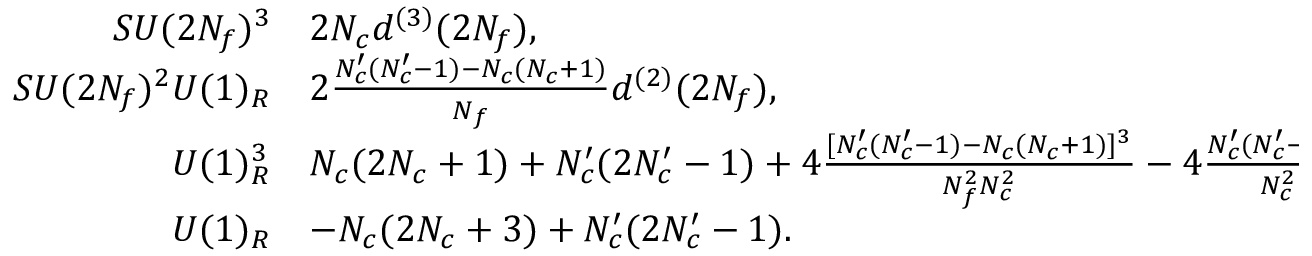
\begin{array} { r l } { { S U ( 2 N _ { f } ) ^ { 3 } } } & { { 2 N _ { c } d ^ { ( 3 ) } ( 2 N _ { f } ) , } } \\ { { S U ( 2 N _ { f } ) ^ { 2 } U ( 1 ) _ { R } } } & { { 2 \frac { N _ { c } ^ { \prime } ( N _ { c } ^ { \prime } - 1 ) - N _ { c } ( N _ { c } + 1 ) } { N _ { f } } d ^ { ( 2 ) } ( 2 N _ { f } ) , } } \\ { { U ( 1 ) _ { R } ^ { 3 } } } & { { N _ { c } ( 2 N _ { c } + 1 ) + N _ { c } ^ { \prime } ( 2 N _ { c } ^ { \prime } - 1 ) + 4 \frac { [ N _ { c } ^ { \prime } ( N _ { c } ^ { \prime } - 1 ) - N _ { c } ( N _ { c } + 1 ) ] ^ { 3 } } { N _ { f } ^ { 2 } N _ { c } ^ { 2 } } - 4 \frac { N _ { c } ^ { \prime } ( N _ { c } ^ { \prime } - 1 ) ^ { 3 } } { N _ { c } ^ { 2 } } , } } \\ { { U ( 1 ) _ { R } } } & { { - N _ { c } ( 2 N _ { c } + 3 ) + N _ { c } ^ { \prime } ( 2 N _ { c } ^ { \prime } - 1 ) . } } \end{array}